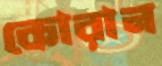
কোরান